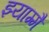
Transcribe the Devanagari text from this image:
झ्याम्मै